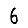
Digit: 6